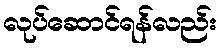
လုပ်ဆောင်ရန်လည်း